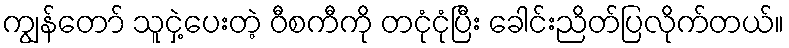
ကျွန်တော် သူငှဲ့ပေးတဲ့ ဝီစကီကို တငုံငုံပြီး ခေါင်းညိတ်ပြလိုက်တယ်။